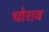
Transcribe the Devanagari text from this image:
चोराव